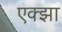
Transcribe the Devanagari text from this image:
एक्झा